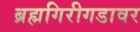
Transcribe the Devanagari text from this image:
ब्रह्मगिरीगडावर